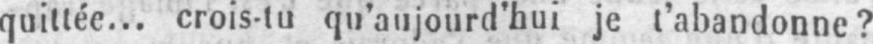
quittée... crois-tu qu’aujourd’hui je l’abandonne?